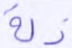
ذلة